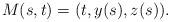
LaTeX: \begin{align*}M(s,t)=(t,y(s),z(s)).\end{align*}